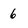
Character: 6